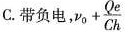
C.带负电， $$v _ { 0 } + \ frac{ Q _ { e } } { C h }$$